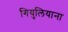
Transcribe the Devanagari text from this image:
गियुलियाना